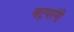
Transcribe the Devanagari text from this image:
नाट्यरंगी